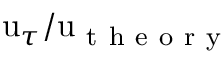
\mathrm { u } _ { \tau } / \mathrm { u } _ { \mathrm { ~ t ~ h ~ e ~ o ~ r ~ y ~ } }